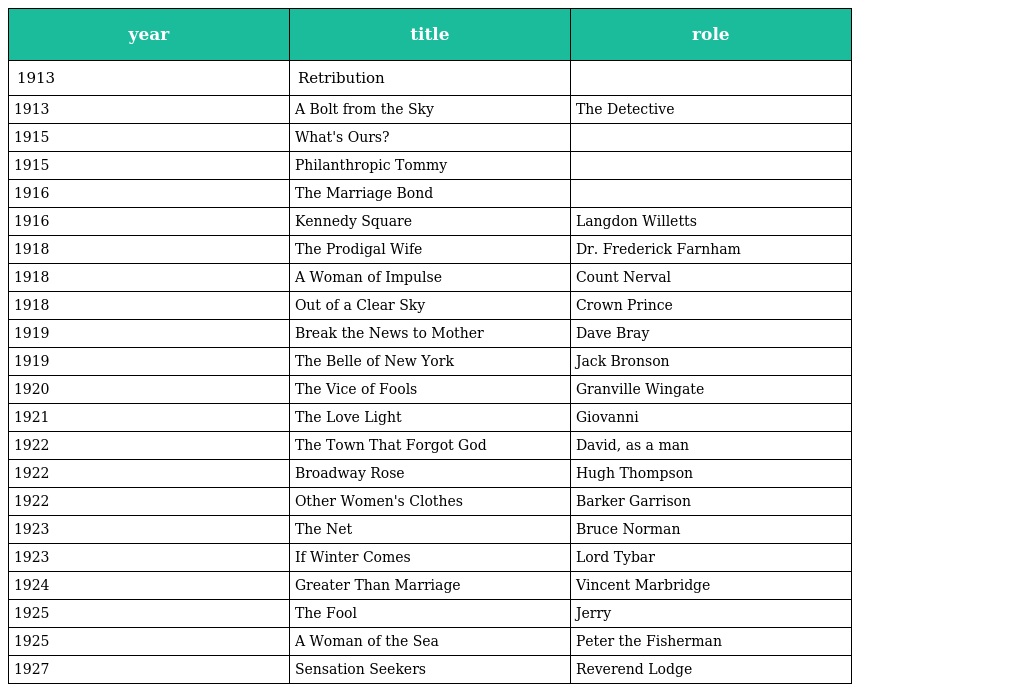
| year | title | role |
 | --- | --- | --- |
 | 1913 | Retribution |  |
 | 1913 | A Bolt from the Sky | The Detective |
 | 1915 | What's Ours? |  |
 | 1915 | Philanthropic Tommy |  |
 | 1916 | The Marriage Bond |  |
 | 1916 | Kennedy Square | Langdon Willetts |
 | 1918 | The Prodigal Wife | Dr. Frederick Farnham |
 | 1918 | A Woman of Impulse | Count Nerval |
 | 1918 | Out of a Clear Sky | Crown Prince |
 | 1919 | Break the News to Mother | Dave Bray |
 | 1919 | The Belle of New York | Jack Bronson |
 | 1920 | The Vice of Fools | Granville Wingate |
 | 1921 | The Love Light | Giovanni |
 | 1922 | The Town That Forgot God | David, as a man |
 | 1922 | Broadway Rose | Hugh Thompson |
 | 1922 | Other Women's Clothes | Barker Garrison |
 | 1923 | The Net | Bruce Norman |
 | 1923 | If Winter Comes | Lord Tybar |
 | 1924 | Greater Than Marriage | Vincent Marbridge |
 | 1925 | The Fool | Jerry |
 | 1925 | A Woman of the Sea | Peter the Fisherman |
 | 1927 | Sensation Seekers | Reverend Lodge |